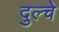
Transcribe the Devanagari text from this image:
दुल्चे